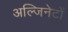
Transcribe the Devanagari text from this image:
अल्जिनेटों